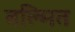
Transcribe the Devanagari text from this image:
तल्मित